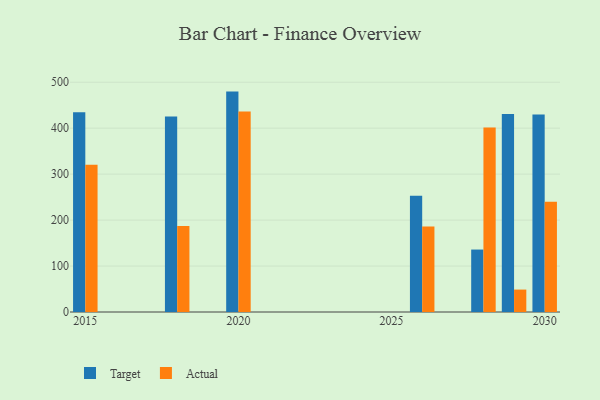
{"axis": {"x": "Year", "y": "Bounce Rate (%)"}, "legend": ["Actual", "Target"], "data": [{"x": "2020", "y": 479.6, "type": "Target"}, {"x": "2020", "y": 436.4, "type": "Actual"}, {"x": "2015", "y": 434.6, "type": "Target"}, {"x": "2015", "y": 320.6, "type": "Actual"}, {"x": "2026", "y": 252.7, "type": "Target"}, {"x": "2026", "y": 185.8, "type": "Actual"}, {"x": "2028", "y": 135.9, "type": "Target"}, {"x": "2028", "y": 401.3, "type": "Actual"}, {"x": "2018", "y": 425.5, "type": "Target"}, {"x": "2018", "y": 186.9, "type": "Actual"}, {"x": "2029", "y": 431.1, "type": "Target"}, {"x": "2029", "y": 48.8, "type": "Actual"}, {"x": "2030", "y": 429.5, "type": "Target"}, {"x": "2030", "y": 240.0, "type": "Actual"}]}